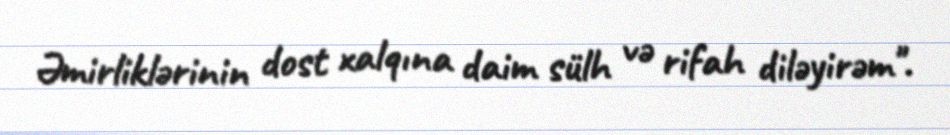
Əmirliklərinin dost xalqına daim sülh və rifah diləyirəm".